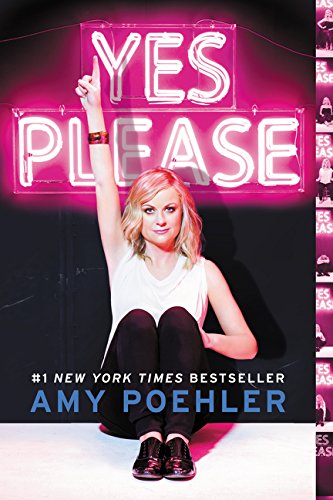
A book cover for Yes Please; Amy Poehler; Humor & Entertainment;